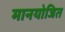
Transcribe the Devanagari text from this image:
मानयोजित